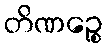
တိဏဉ္စေ